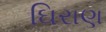
ઘિરાણ